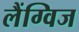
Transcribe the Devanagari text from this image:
लैंग्विज